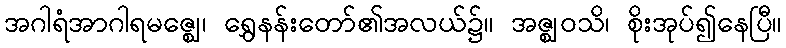
အဂါရံအာဂါရမဇ္ဈေ၊ ရွှေနန်းတော်၏အလယ်၌။ အဇ္ဈဝသိ၊ စိုးအုပ်၍နေပြီ။